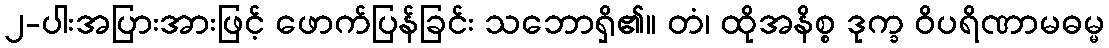
၂-ပါးအပြားအားဖြင့် ဖောက်ပြန်ခြင်း သဘောရှိ၏။ တံ၊ ထိုအနိစ္စ ဒုက္ခ ဝိပရိဏာမဓမ္မ